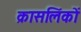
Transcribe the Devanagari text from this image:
क्रासलिंकों